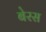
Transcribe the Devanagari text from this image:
बेरस